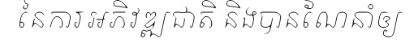
នៃការអភិវឌ្ឍជាតិ និងបានណែនាំឲ្យ